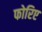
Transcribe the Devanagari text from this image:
फोरिए